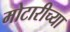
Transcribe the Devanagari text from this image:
मोटारीच्या